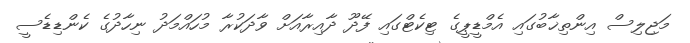
މަޖިލިސް އިންތިޚާބުގައި އެމްޑީޕީގެ ޓިކެޓްގައި ފޭދޫ ދާއިރާއަށް ވާދަކުރާ މުހައްމަދު ނިހާދުގެ ކެންޑިޑެސީ